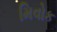
મિવોક